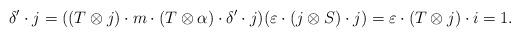
LaTeX: \begin{align*} \delta'\cdot{}j= ((T\otimes j)\cdot{}m\cdot{}(T\otimes\alpha)\cdot{}\delta'\cdot{}j)(\varepsilon\cdot{}(j\otimes S)\cdot{}j)= \varepsilon\cdot{}(T\otimes j)\cdot{}i=1. \end{align*}